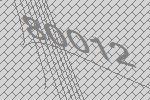
80012